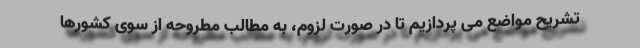
تشریح مواضع می پردازیم تا در صورت لزوم، به مطالب مطروحه از سوی کشورها